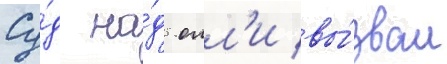
Су́д на́д олл'и вы́звал